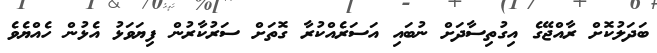
ބަދަލުކޮށް ރާއްޖޭގެ އިގުތިސާދަށް ނުބައި އަސަރެއްކުރާ ގޮތަށް ސަރުކާރުން ފިޔަވަޅު އެޅުން ހެއްޔެވެ